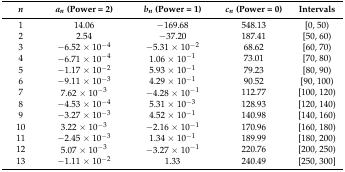
<table><thead><tr><td><b><i>n</i></b></td><td><b><i>a<sub>n</sub></i> (Power = 2)</b></td><td><b><i>b<sub>n</sub></i> (Power = 1)</b></td><td><b><i>c<sub>n</sub></i> (Power = 0)</b></td><td><b>Intervals</b></td></tr></thead><tbody><tr><td>1</td><td>14.06</td><td>−169.68</td><td>548.13</td><td>[0, 50)</td></tr><tr><td>2</td><td>2.54</td><td>−37.20</td><td>187.41</td><td>[50, 60)</td></tr><tr><td>3</td><td>−6.52 × 10<sup>−4</sup></td><td>−5.31 × 10<sup>−2</sup></td><td>68.62</td><td>[60, 70)</td></tr><tr><td>4</td><td>−6.71 × 10<sup>−4</sup></td><td>1.06 × 10<sup>−1</sup></td><td>73.01</td><td>[70, 80)</td></tr><tr><td>5</td><td>−1.17 × 10<sup>−2</sup></td><td>5.93 × 10<sup>−1</sup></td><td>79.23</td><td>[80, 90)</td></tr><tr><td>6</td><td>−9.11 × 10<sup>−3</sup></td><td>4.29 × 10<sup>−1</sup></td><td>90.52</td><td>[90, 100)</td></tr><tr><td>7</td><td>7.62 × 10<sup>−3</sup></td><td>−4.28 × 10<sup>−1</sup></td><td>112.77</td><td>[100, 120)</td></tr><tr><td>8</td><td>−4.53 × 10<sup>−4</sup></td><td>5.31 × 10<sup>−3</sup></td><td>128.93</td><td>[120, 140)</td></tr><tr><td>9</td><td>−3.27 × 10<sup>−3</sup></td><td>4.52 × 10<sup>−1</sup></td><td>140.98</td><td>[140, 160)</td></tr><tr><td>10</td><td>3.22 × 10<sup>−3</sup></td><td>−2.16 × 10<sup>−1</sup></td><td>170.96</td><td>[160, 180)</td></tr><tr><td>11</td><td>−2.45 × 10<sup>−3</sup></td><td>1.34 × 10<sup>−1</sup></td><td>189.99</td><td>[180, 200)</td></tr><tr><td>12</td><td>5.07 × 10<sup>−3</sup></td><td>−3.27 × 10<sup>−1</sup></td><td>220.76</td><td>[200, 250)</td></tr><tr><td>13</td><td>−1.11 × 10<sup>−2</sup></td><td>1.33</td><td>240.49</td><td>[250, 300]</td></tr></tbody></table>